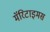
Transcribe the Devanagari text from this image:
मॅरिटाइमस